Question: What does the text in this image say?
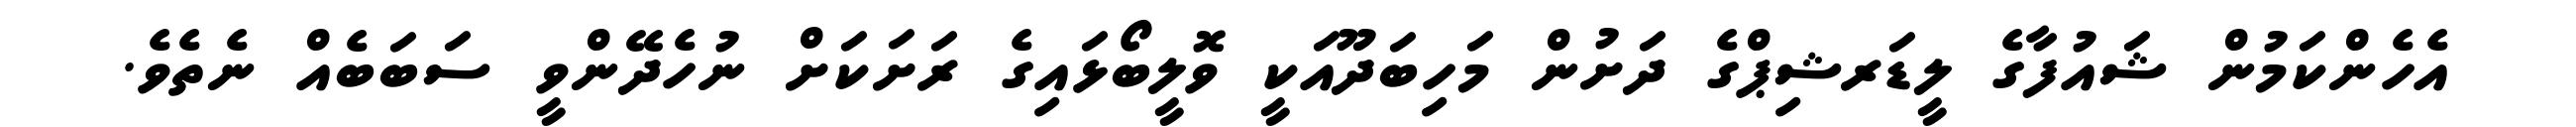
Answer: އެހެންކަމުން ޝައުފާގެ ލީޑަރޝިޕްގެ ދަށުން މަހިބަދޫއަކީ ވޮލީބޯޅައިގެ ރަށަކަށް ނުހެދޭންވީ ސަބަބެއް ނެތެވެ.